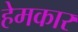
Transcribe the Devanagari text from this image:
हेमकार